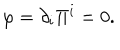
LaTeX: \varphi = \partial _ { i } \Pi ^ { i } = 0 .